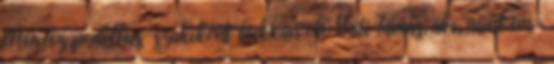
Morcos pedellus-szakiként bukkan elő Vati Tamás, aki, mint im-